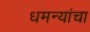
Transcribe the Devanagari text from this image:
धमन्यांचा